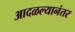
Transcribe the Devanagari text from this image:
आदळल्यानंतर